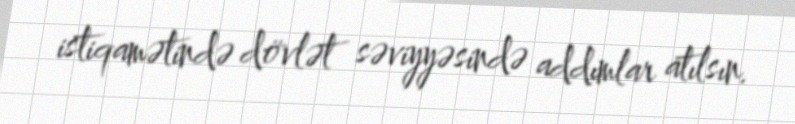
istiqamətində dövlət səviyyəsində addımlar atılsın.